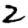
Digit: 2